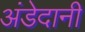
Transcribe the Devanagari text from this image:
अंडेदानी